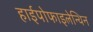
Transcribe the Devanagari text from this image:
हाईपोफाइलेन्थिन